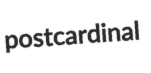
postcardinal